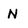
Character: N